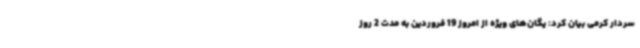
سردار کرمی بیان کرد: یگان‌های ویژه از امروز 19 فروردین به مدت 2 روز